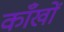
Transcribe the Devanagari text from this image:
काँखों